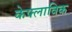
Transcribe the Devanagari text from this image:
केफ्लाविक